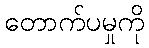
တောက်ပမှုကို